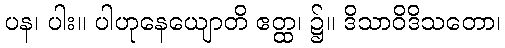
ပန၊ ပါး။ ပါဟုနေယျောတိ ဧတ္ထ၊ ၌။ ဒိသာဝိဒိသတော၊